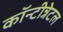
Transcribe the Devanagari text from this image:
कॉन्टीन्नेटल